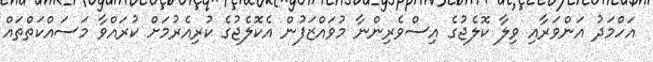
އަހްމަދު އަންވަރާއި ވިލާ ކޮލެޖުގެ އިސްވެރިންނާ މުވައްޒަފުން އެކޮލެޖުގެ ކުރިއެރުމަށް ކުރައްވާ މަސައްކަތްތައް